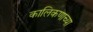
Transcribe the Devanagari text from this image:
कालिकणाच्या